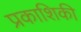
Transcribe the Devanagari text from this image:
प्रकाशिकी